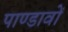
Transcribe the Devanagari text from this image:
पाण्डावों